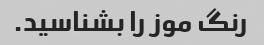
رنگ موز را بشناسید.